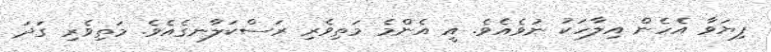
ފިޔަވާ އެހެން އިލާހަކު ނުވެއެވެ. އީ އެންމެ މަތިވެރި ރަސްކަލާނގެއެވެ. މަތިވެރި ގަދަ